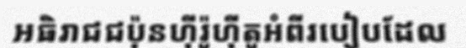
អធិរាជជប៉ុនហ៊ីរ៉ូហ៊ីតូអំពីរបៀបដែល